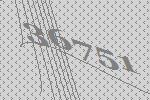
36751